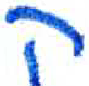
אות: ק